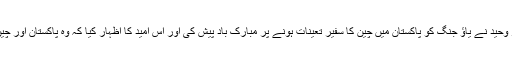
اس موقع پر خطاب کرتے ہوئے اسلام آباد چیمبر آف کامرس اینڈ انڈسٹری کے صدر شیخ عامر وحید نے یاؤ جنگ کو پاکستان میں چین کا سفیر تعینات ہونے پر مبارک باد پیش کی اور اس امید کا اظہار کیا کہ وہ پاکستان اور چین کے باہمی تجارتی و اقتصادی تعلقات کو مزید مضبوط کرنے کیلئے اپنا کردار ادا کریں گے۔